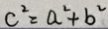
c ^ { 2 } = a ^ { 2 } + b ^ { 2 }